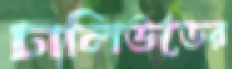
ঢালিউডের